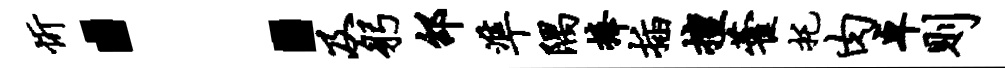
忻：及躬邵准隅捧插擅藿托肉卓则